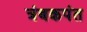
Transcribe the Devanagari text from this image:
त्रंबकपंत